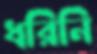
ধরিনি